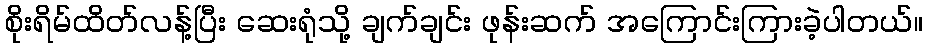
စိုးရိမ်ထိတ်လန့်ပြီး ဆေးရုံသို့ ချက်ချင်း ဖုန်းဆက် အကြောင်းကြားခဲ့ပါတယ်။